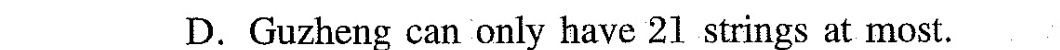
D.Guzheng can only have 21 strings at most.